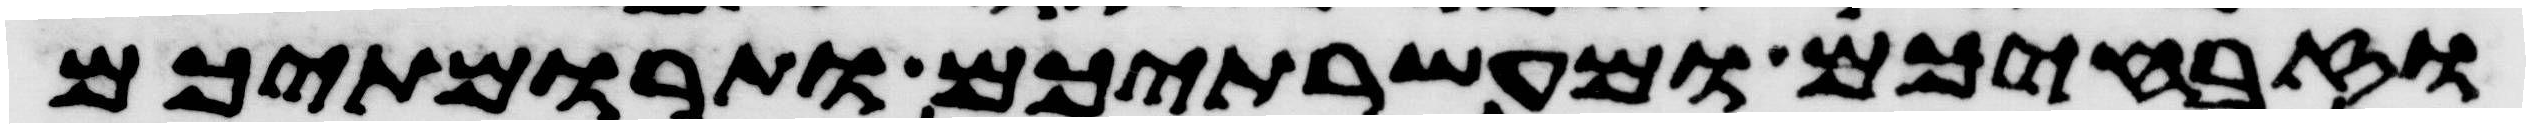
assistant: וזבחיכם ומעשרתיכם ותרומתיכם